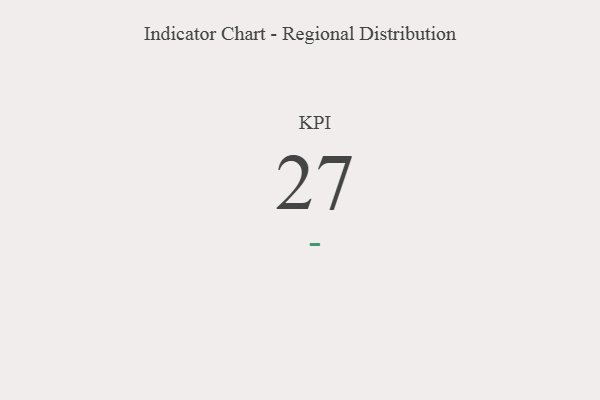
{"axis": {"x": "KPI", "y": "Value"}, "legend": [""], "data": [{"x": "KPI", "y": 27, "type": ""}]}